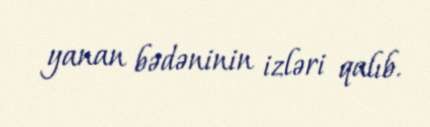
yanan bədəninin izləri qalıb.